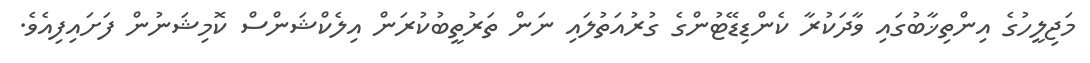
މަޖިލީހުގެ އިންތިޚާބުގައި ވާދަކުރާ ކެންޑިޑޭޓުންގެ ގުރުއަތުލައި ނަން ތަރުތީބުކުރަން އިލެކްޝަންސް ކޮމިޝަނުން ފަށައިފިއެވެ.